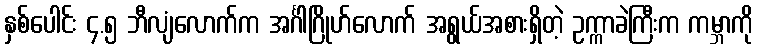
နှစ်ပေါင်း ၄.၅ ဘီလျံလောက်က အင်္ဂါဂြိုဟ်လောက် အရွယ်အစားရှိတဲ့ ဥက္ကာခဲကြီးက ကမ္ဘာကို